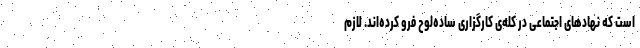
است که نهادهای اجتماعی در کله‌ی کارگزاری ساده‌لوح فرو کرده‌اند. لازم